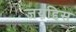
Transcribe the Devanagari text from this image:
जयद्दिस